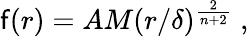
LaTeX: \mathsf{f}(r)=AM(r/\delta)^{\frac{{2}}{{n+2}}}\; ,